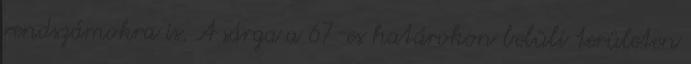
rendszámokra is. A sárga a 67-es határokon belüli területen